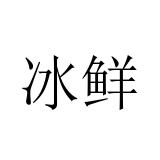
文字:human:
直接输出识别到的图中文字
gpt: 冰鲜